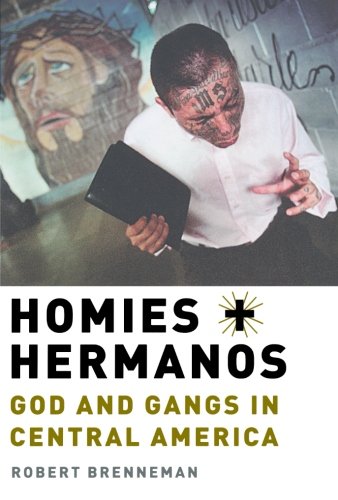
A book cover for Homies and Hermanos: God and Gangs in Central America; Robert Brenneman; Religion & Spirituality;